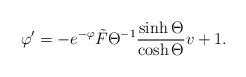
LaTeX: \begin{align*}\varphi' = - e^{- \varphi} \tilde{F} \Theta^{-1} \frac{\sinh \Theta}{\cosh \Theta} v +1.\end{align*}